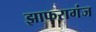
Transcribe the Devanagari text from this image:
झाफरागंज